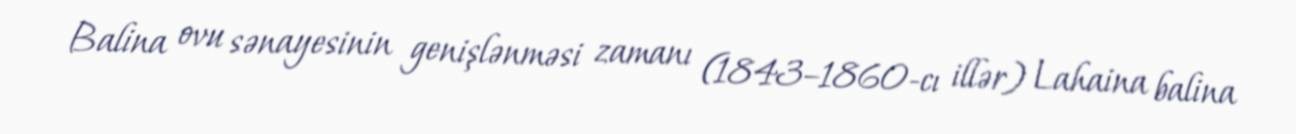
Balina ovu sənayesinin genişlənməsi zamanı (1843–1860-cı illər) Lahaina balina